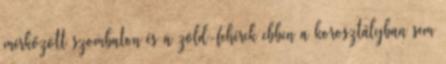
mérkőzött szombaton és a zöld-fehérek ebben a korosztályban sem